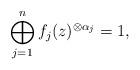
LaTeX: \begin{align*}\bigoplus_{j=1}^{n}f_{j}(z)^{\otimes\alpha_{j}}=1,\end{align*}